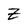
Character: Z